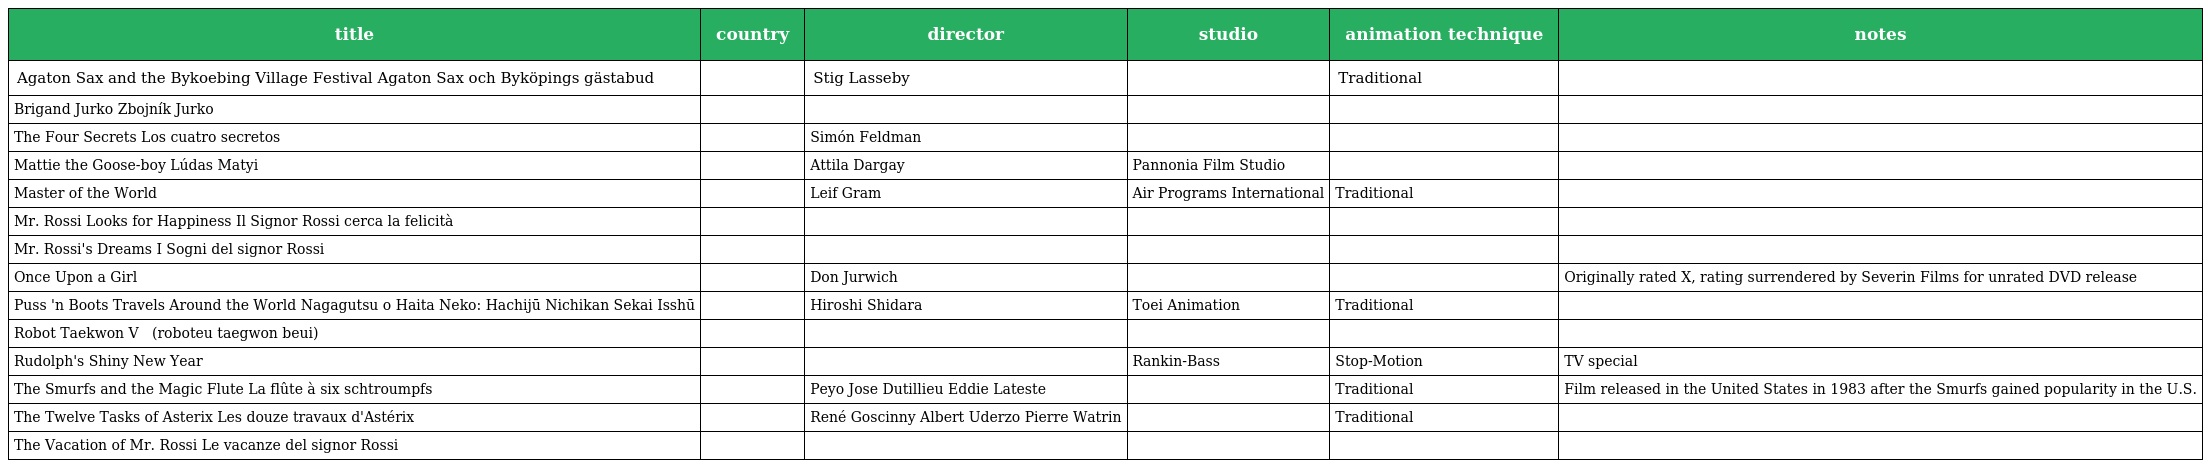
| title | country | director | studio | animation technique | notes |
 | --- | --- | --- | --- | --- | --- |
 | Agaton Sax and the Bykoebing Village Festival Agaton Sax och Byköpings gästabud |  | Stig Lasseby |  | Traditional |  |
 | Brigand Jurko Zbojník Jurko |  |  |  |  |  |
 | The Four Secrets Los cuatro secretos |  | Simón Feldman |  |  |  |
 | Mattie the Goose-boy Lúdas Matyi |  | Attila Dargay | Pannonia Film Studio |  |  |
 | Master of the World |  | Leif Gram | Air Programs International | Traditional |  |
 | Mr. Rossi Looks for Happiness Il Signor Rossi cerca la felicità |  |  |  |  |  |
 | Mr. Rossi's Dreams I Sogni del signor Rossi |  |  |  |  |  |
 | Once Upon a Girl |  | Don Jurwich |  |  | Originally rated X, rating surrendered by Severin Films for unrated DVD release |
 | Puss 'n Boots Travels Around the World Nagagutsu o Haita Neko: Hachijū Nichikan Sekai Isshū |  | Hiroshi Shidara | Toei Animation | Traditional |  |
 | Robot Taekwon V 로보트 태권브이 (roboteu taegwon beui) |  |  |  |  |  |
 | Rudolph's Shiny New Year |  |  | Rankin-Bass | Stop-Motion | TV special |
 | The Smurfs and the Magic Flute La flûte à six schtroumpfs |  | Peyo Jose Dutillieu Eddie Lateste |  | Traditional | Film released in the United States in 1983 after the Smurfs gained popularity in the U.S. |
 | The Twelve Tasks of Asterix Les douze travaux d'Astérix |  | René Goscinny Albert Uderzo Pierre Watrin |  | Traditional |  |
 | The Vacation of Mr. Rossi Le vacanze del signor Rossi |  |  |  |  |  |